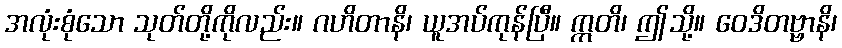
အလုံးစုံသော သုတ်တို့ကိုလည်း။ ဂဟိတာနိ၊ ယူအပ်ကုန်ပြီ။ ဣတိ၊ ဤသို့။ ဝေဒိတဗ္ဗာနိ၊